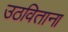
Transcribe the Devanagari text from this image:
उठविताना